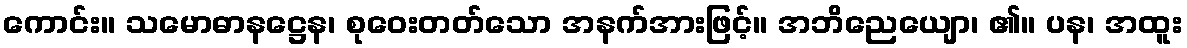
ကောင်း။ သမောဓာနဋ္ဌေန၊ စုဝေးတတ်သော အနက်အားဖြင့်။ အဘိညေယျော၊ ၏။ ပန၊ အထူး